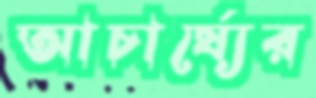
আচার্য্যের